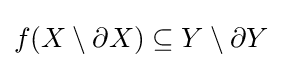
f(X\setminus \partial X)\subseteq Y\setminus \partial Y